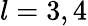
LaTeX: l=3,4